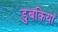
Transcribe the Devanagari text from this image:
डुबकियां